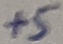
Text: +5